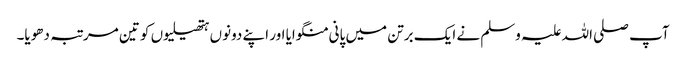
آپ صلی اللہ علیہ وسلم نے ایک برتن میں پانی منگوایا اور اپنے دونوں ہتھیلیوں کو تین مرتبہ دھویا۔